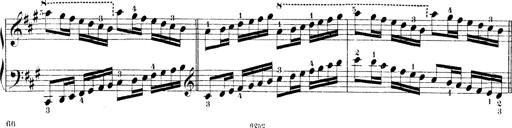
Title: Technische Studien
Composer: Franz Liszt